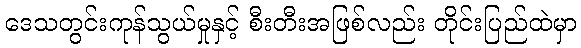
ဒေသတွင်းကုန်သွယ်မှုနှင့် စီးတီးအဖြစ်လည်း တိုင်းပြည်ထဲမှာ